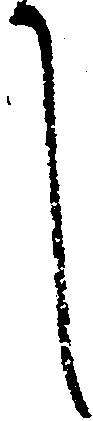
し